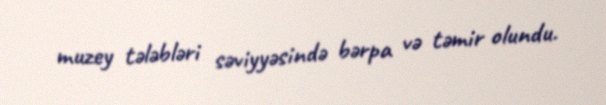
muzey tələbləri səviyyəsində bərpa və təmir olundu.